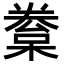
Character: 𣙂